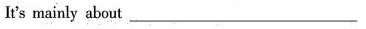
It's mainly about ___